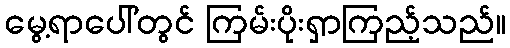
မွေ့ရာပေါ်တွင် ကြမ်းပိုးရှာကြည့်သည်။